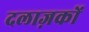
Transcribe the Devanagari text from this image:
दलाज़कों